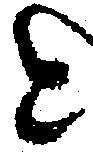
と